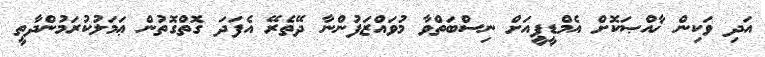
އަދި ވަކިން ޚާއްޞަކޮށް އެމްޑީޕީއަށް ނިސްބަތްވާ މުވައްޒަފުންނާ ދޭތެރޭ އެފަދަ ގޮތްގޮތުން ޢަމަލުކުރަމުންދާތީ